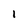
Character: 1